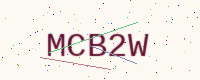
Text: MCB2W